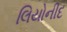
લિયોનીદ